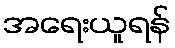
အရေးယူရန်